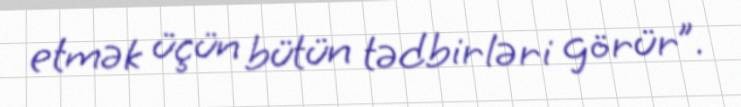
etmək üçün bütün tədbirləri görür”.